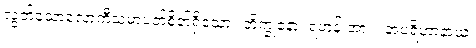
လွတ်သောလောကီသမာပတ်စိတ်ရှိသော။ ဘိက္ခုနော၊ ရဟန်းအား။ အပရိဟာနာယ၊